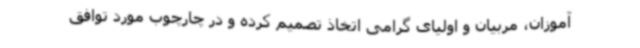
آموزان، مربیان و اولیای گرامی اتخاذ تصمیم کرده و در چارچوب مورد توافق